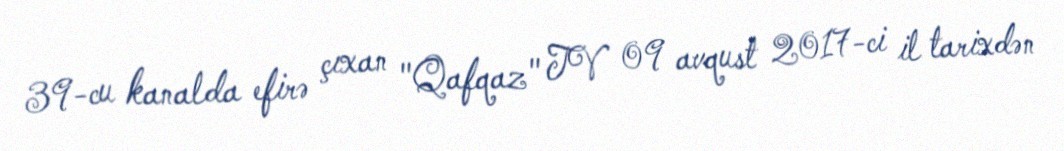
39-cu kanalda efirə çıxan "Qafqaz" TV 09 avqust 2017-ci il tarixdən